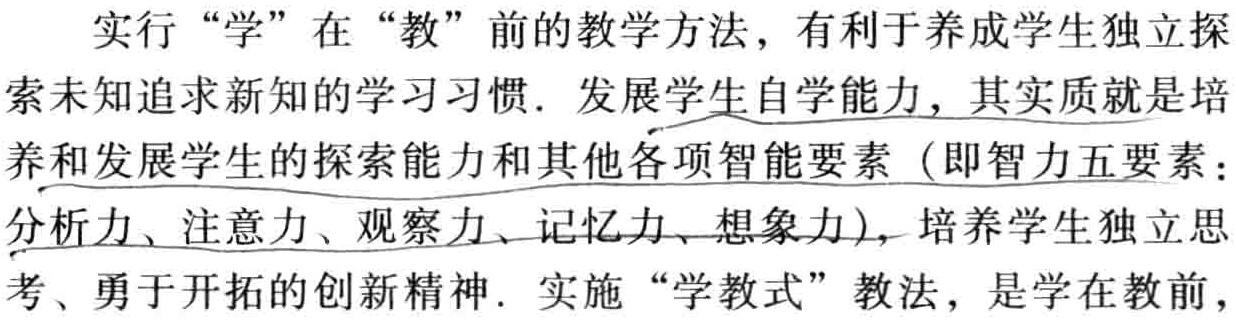
实行 “学” 在 “教” 前的教学方法，有利于养成学生独立探索未知追求新知的学习习惯. 发展学生自学能力，其实质就是培养和发展学生的探索能力和其他各项智能要素（即智力五要素：分析力、注意力、观察力、记忆力、想象力），培养学生独立思考、勇于开拓的创新精神. 实施 “学教式” 教法，是学在教前，